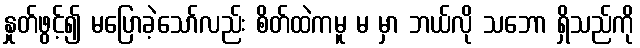
နှုတ်ဖွင့်၍ မပြောခဲ့သော်လည်း စိတ်ထဲကမူ မ မှာ ဘယ်လို သဘော ရှိသည်ကို